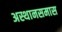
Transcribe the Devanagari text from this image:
अस्थानसमास